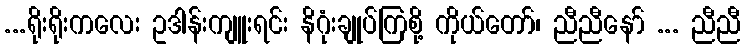
...ရိုးရိုးကလေး ဥဒါန်းကျူးရင်း နိဂုံးချုပ်ကြစို့ ကိုယ်တော်၊ ညီညီနော် ... ညီညီ